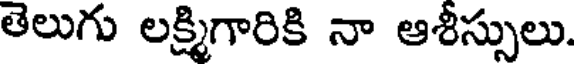
తెలుగు లక్ష్మిగారికి నా ఆశీస్సులు.